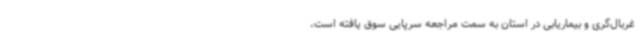
غربال‌گری و بیماریابی در استان به سمت مراجعه سرپایی سوق یافته است،